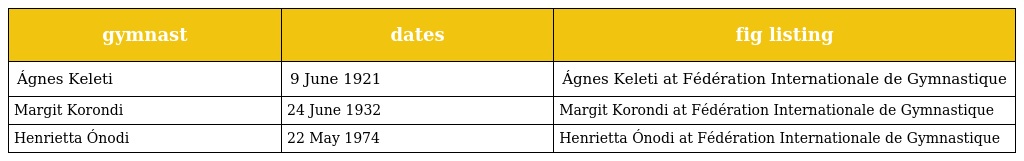
| gymnast | dates | fig listing |
 | --- | --- | --- |
 | Ágnes Keleti | 9 June 1921 | Ágnes Keleti at Fédération Internationale de Gymnastique |
 | Margit Korondi | 24 June 1932 | Margit Korondi at Fédération Internationale de Gymnastique |
 | Henrietta Ónodi | 22 May 1974 | Henrietta Ónodi at Fédération Internationale de Gymnastique |